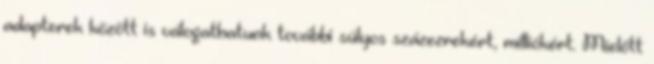
adapterek között is válogathatunk további súlyos százezrekért, milliókért. Mielőtt